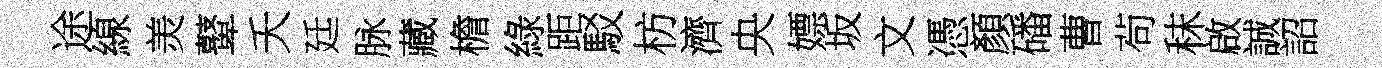
途線羙鼙夭廷脉藏檐綠距駁枋濟央嫖坂文憑顏磻曹茍秣啟誠詔